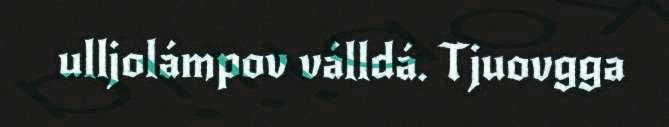
ulljolámpov válldá. Tjuovgga